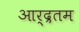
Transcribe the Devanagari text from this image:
आर्द्रतम